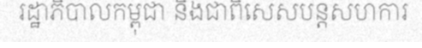
រដ្ឋាភិបាលកម្ពុជា និងជាពិសេសបន្តសហការ